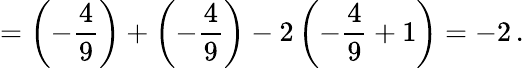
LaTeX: =\left(-\frac{4}{9}\right)+\left(-\frac{4}{9}\right)-2\left(-\frac{4}{9}+1\right)=-2\, .